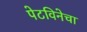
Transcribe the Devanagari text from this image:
पेटविनेचा